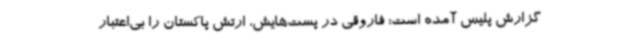
گزارش پلیس آمده است: فاروقی در پست‌هایش، ارتش پاکستان را بی‌اعتبار